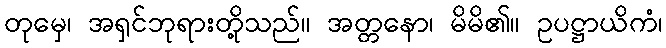
တုမှေ၊ အရှင်ဘုရားတို့သည်။ အတ္တနော၊ မိမိ၏။ ဥပဋ္ဌာယိကံ၊